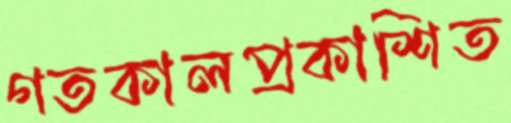
গতকালপ্রকাশিত